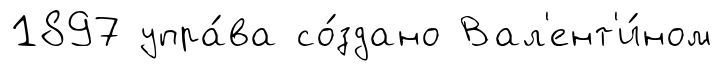
1897 упра́ва со́здано Вал'ент'и́ном